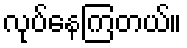
လုပ်နေကြတယ်။